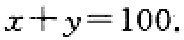
\(x + y = 100\)